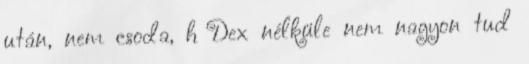
után, nem csoda, h Dex nélküle nem nagyon tud